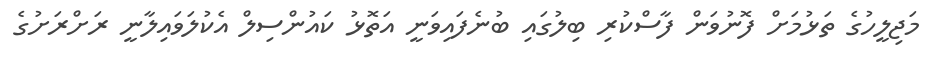
މަޖިލީހުގެ ތަޅުމަށް ފޮނުވަން ފާސްކުރި ބިލުގައި ބުނެފައިވަނީ އަތޮޅު ކައުންސިލް އެކުލަވައިލާނީ ރަށްރަށުގެ